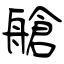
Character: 艙